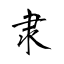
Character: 隶